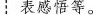
┆表感悟等。